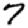
Digit: 7